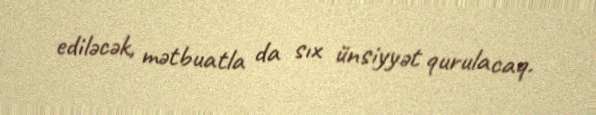
ediləcək, mətbuatla da sıx ünsiyyət qurulacaq.